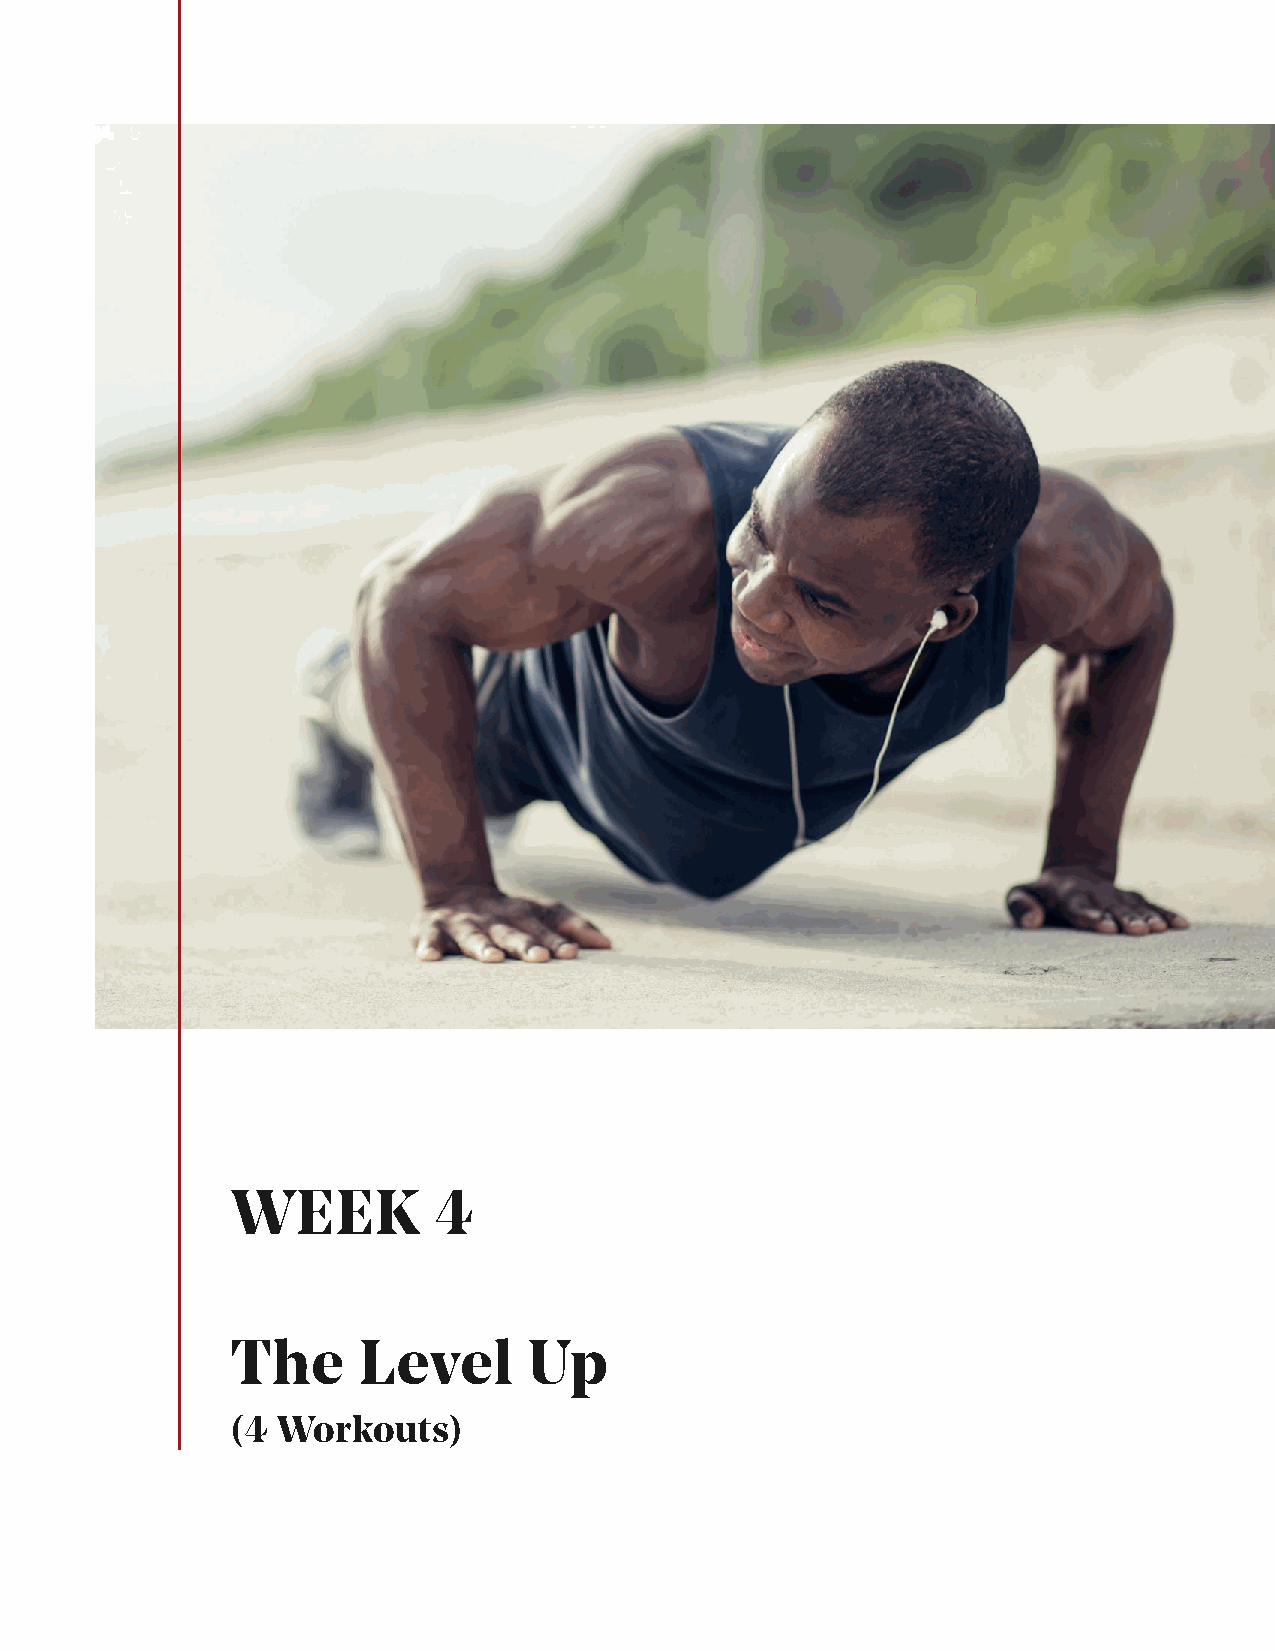
WEEK          4
 The      Level      Up
 (4 Workouts)